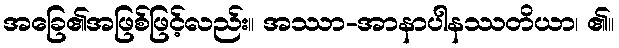
အခြေ၏အဖြစ်ဖြင့်လည်း။ အဿာ-အာနာပါနဿတိယာ၊ ၏။